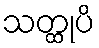
သတ္ထုပိ